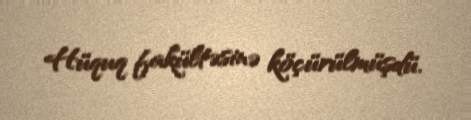
Hüquq fakültəsinə köçürülmüşdü.